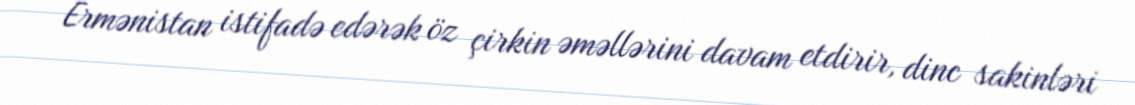
Ermənistan istifadə edərək öz çirkin əməllərini davam etdirir, dinc sakinləri